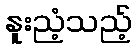
နူးညံ့သည့်